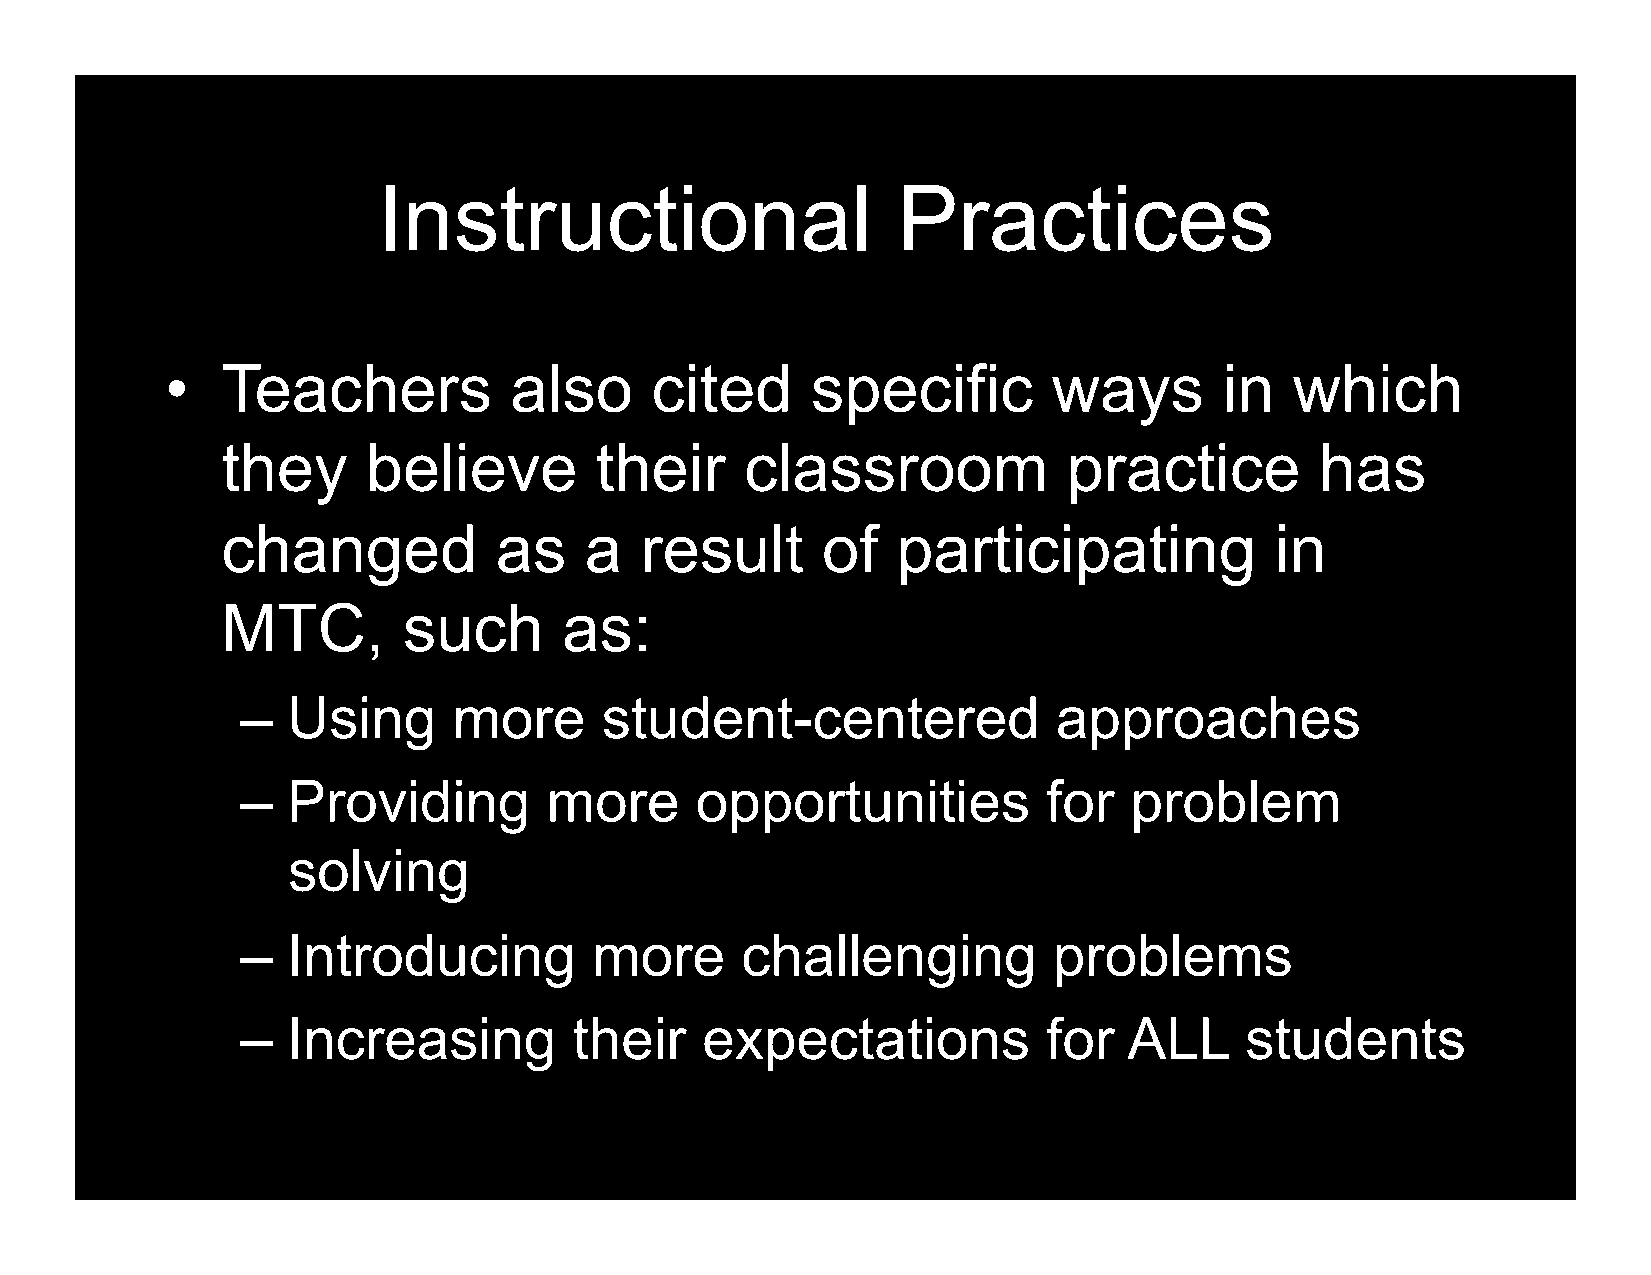
Instructional                     Practices
 •   Teachers           also     cited      specific        ways       in   which
 they     believe        their     classroom             practice        has
 changed           as    a  result      of   participating            in
 MTC,        such      as:
 –  Using      more      student-centered              approaches
 –  Providing        more      opportunities          for   problem
 solving
 –  Introducing         more      challenging          problems
 –  Increasing         their   expectations           for   ALL    students